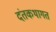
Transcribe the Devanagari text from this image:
दंतकथागत